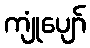
ကျုံပျော်